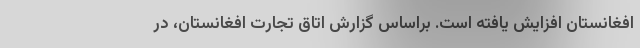
افغانستان افزایش یافته است. براساس گزارش اتاق تجارت افغانستان، در